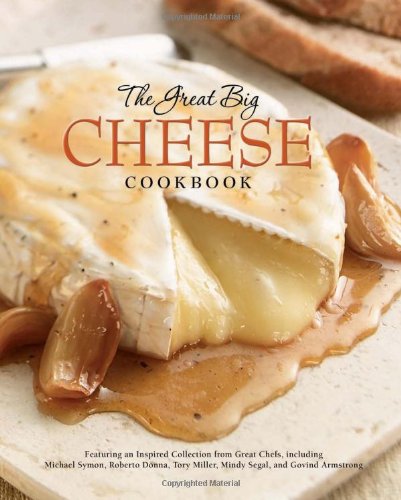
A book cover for The Great Big Cheese Cookbook; Cookbooks, Food & Wine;